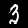
Digit: 3